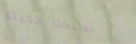
افتتحنا حديثاً